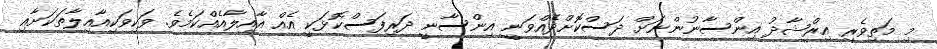
މި މަތިވެރި އިރްޝާދު އިންސާނުންނަށް ދަސްކޮށްދެއްވަނީ އިންސާނީ ދަރިފަސްކޮޅަކީ އެއް އާއިލާއެއްކަމެވެ. ވަކިވަކިއާއިލާތަކަށާއި